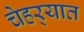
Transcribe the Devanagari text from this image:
चेहर्‍यात